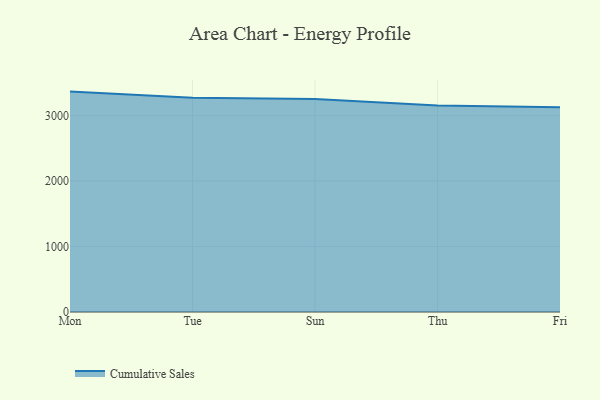
{"axis": {"x": "Day", "y": "Churn Rate (%)"}, "legend": ["Cumulative Sales"], "data": [{"x": "Mon", "y": 3366.4, "type": "Cumulative Sales"}, {"x": "Tue", "y": 3271.7, "type": "Cumulative Sales"}, {"x": "Sun", "y": 3252.6, "type": "Cumulative Sales"}, {"x": "Thu", "y": 3154.0, "type": "Cumulative Sales"}, {"x": "Fri", "y": 3128.2, "type": "Cumulative Sales"}]}